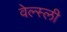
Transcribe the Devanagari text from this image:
वेल्स्ली